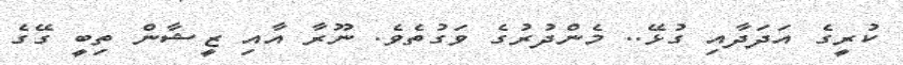
ކުރީގެ އަދަދާއި ގުޅޭ.. މެންދުރުގެ ވަގުތެވެ. ނޫރާ އާއި ޒީޝާން ތިބީ ގޭގެ